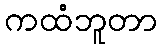
ကထံဘူတာ